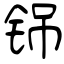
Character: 铞